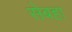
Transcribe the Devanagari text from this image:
सेबहा